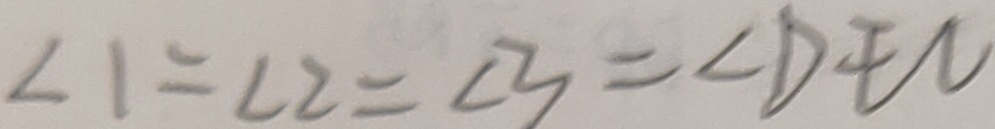
\angle 1 = \angle 2 = \angle 3 = \angle D E C